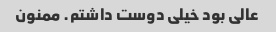
عالی بود خیلی دوست داشتم. ممنون